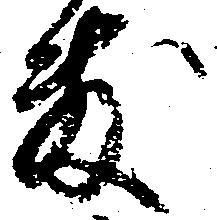
敷